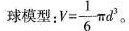
球模型： $$V = \frac { 1 } { 6 } \pi d^{ 3 }$$。